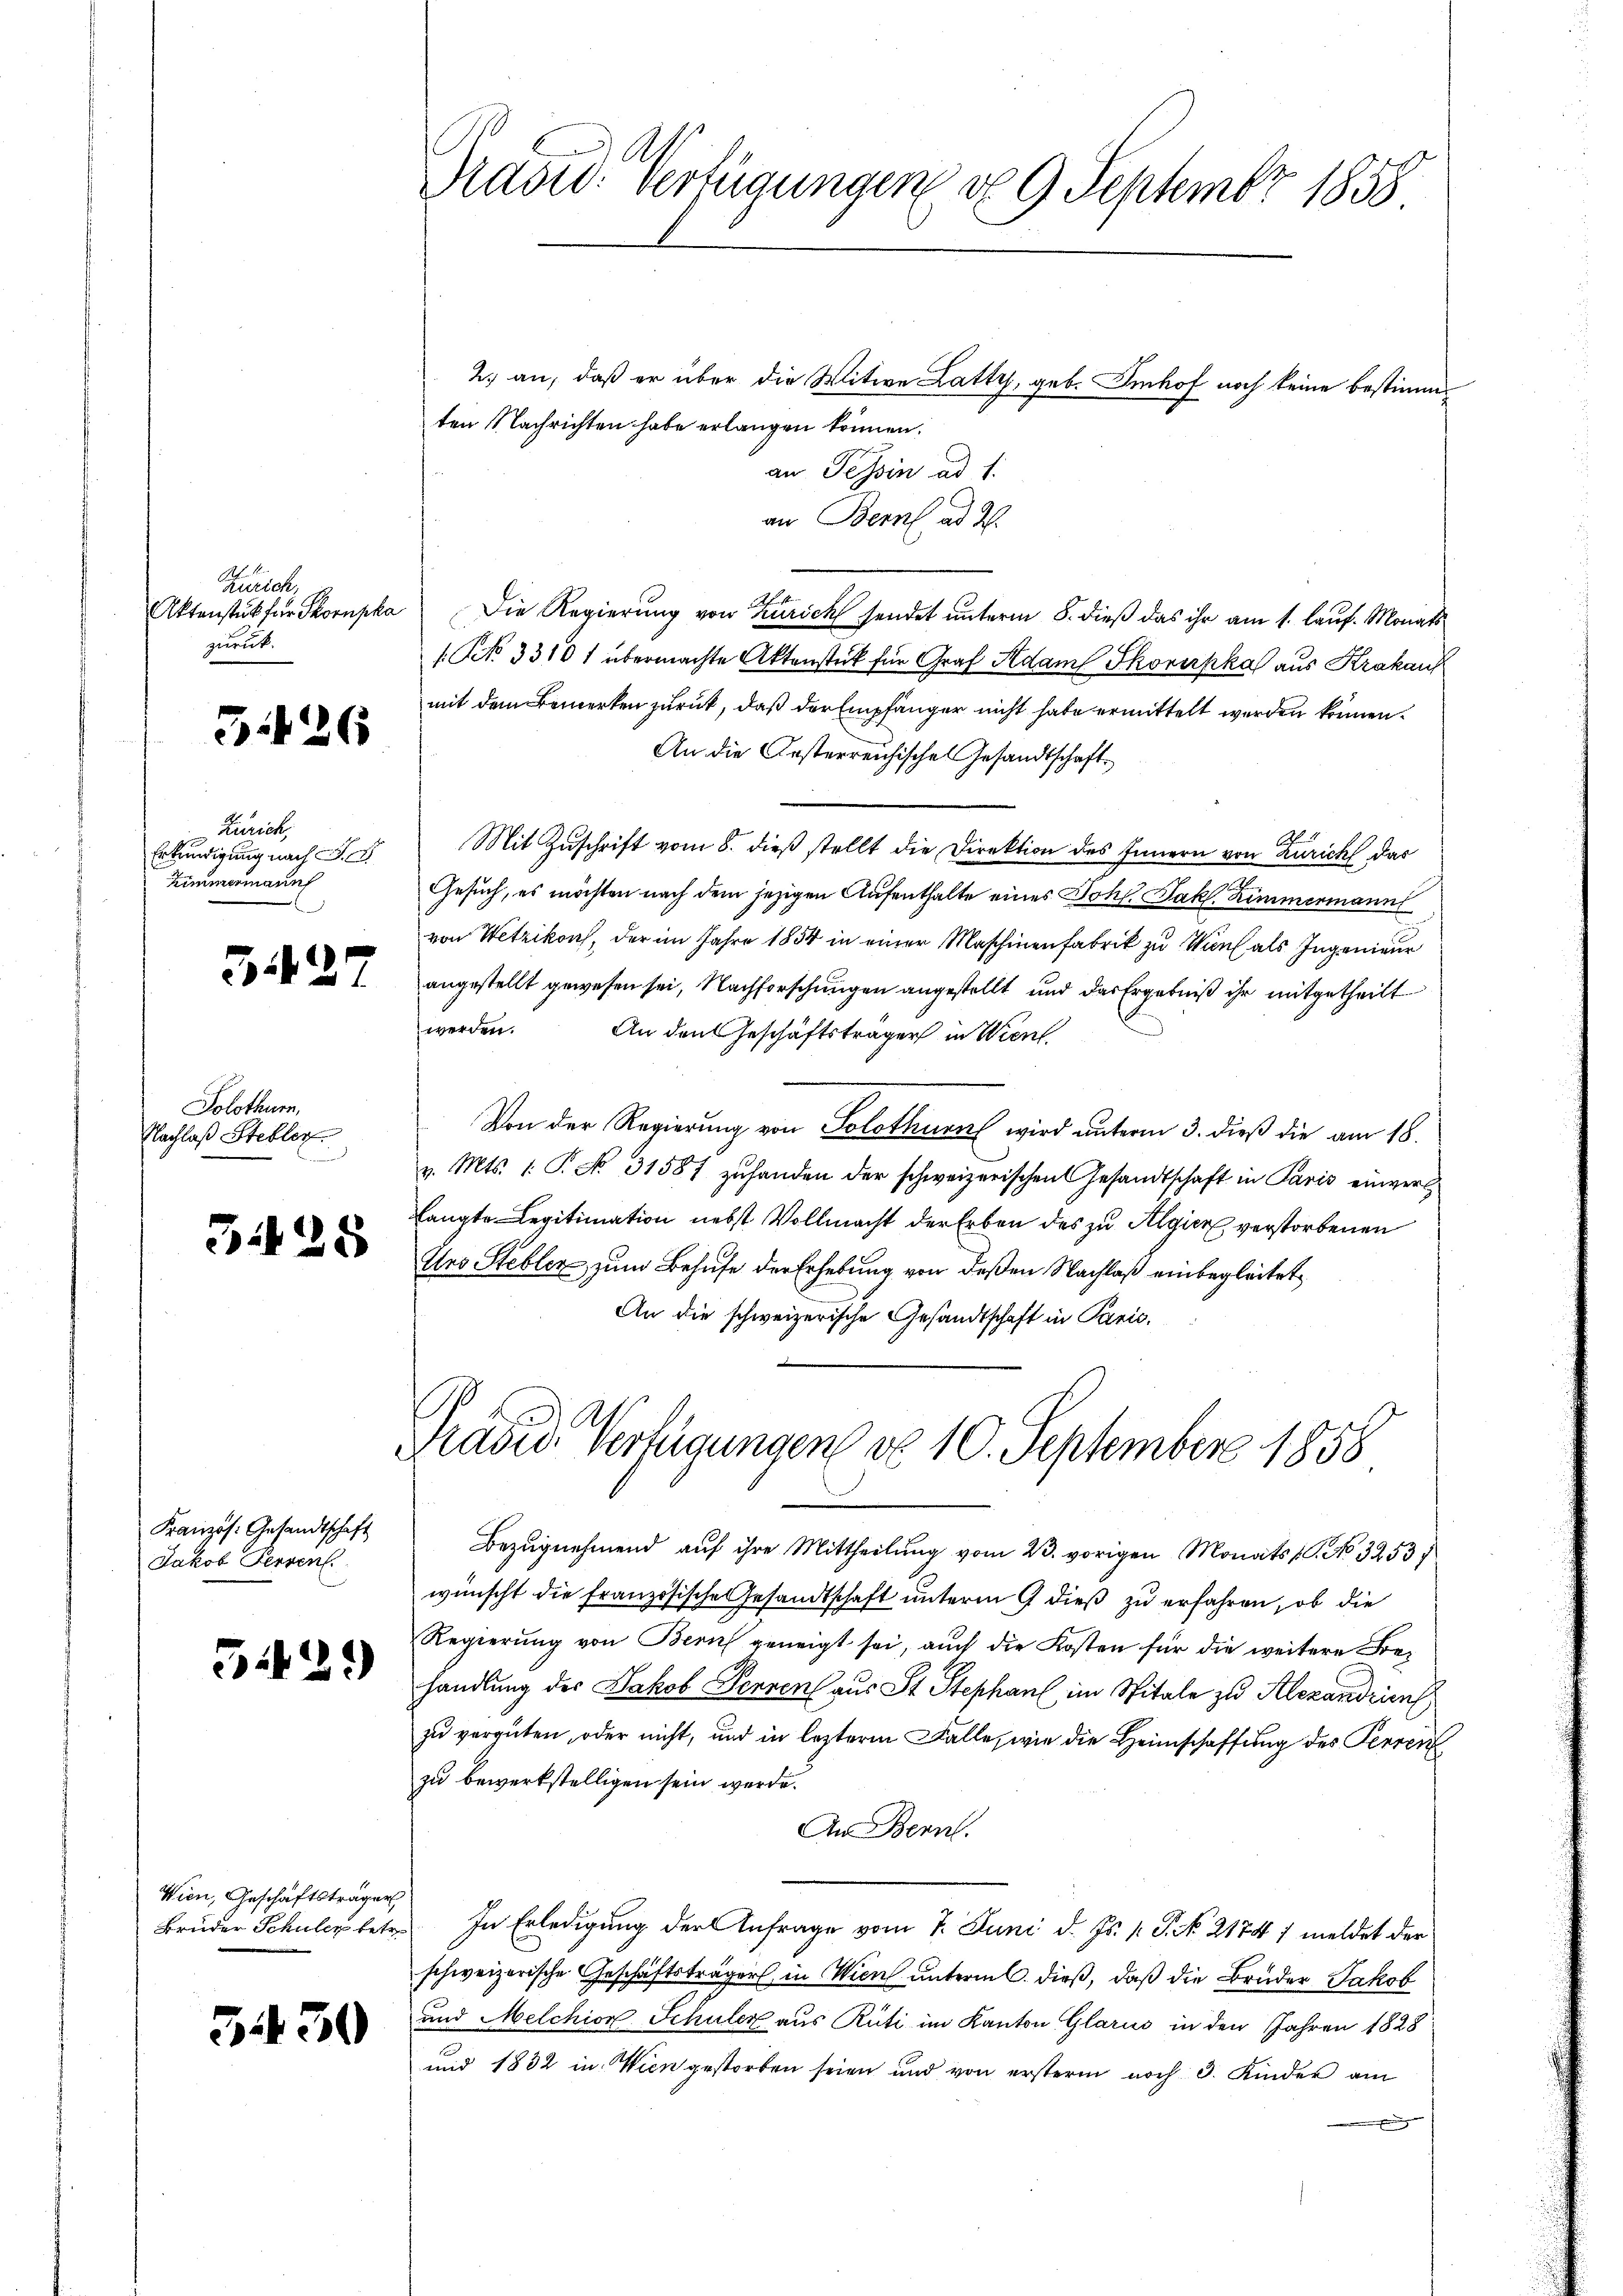
Zürich
Aktenstück für Thornpha
zuruck.

3426

Liezeit
Erkundigung nach S.
Zimmermanuf

3.427

Solothurn,
Nachlaß Steblic

3425

Französ. Gesandtschaft
Jakob Perven

5429)

Wien, Geschäftsträger

5430

2. an, daß er über die Witwe Latty, geb. Imhof noch keine bestimmten Nachrichten habe erlangen können.
an Tessin ad 1.
an Bern ad 2.
Die Regierung von Zürich sendet unterm 8. dieß das ihr am 1. lauf. Monats
1 No 33101 übermachte Aktenstück für Graf Adam Skorirpkal aus Krakauf
mit dem Bemerken zurück, daß der Empfänger nicht habe ermittelt werden können.
An die Oesterreichisches Gesandtschaft.
Mit Zuschrift vom 8. dieß stellt die Direktion des Innern von Zürich das
Gesuch, es möchten nach dem jezigen Aufenthalte eines Joh. Jak. Zimmermann
von Wetzikon, der im Jahre 1854 in einer Maschinenfabrik zu Wurf als Ingenieur
angestellt gewesen sei, Nachforschungen angestellt und das Ergebniß ihr mitgetheilt
werden.
An den Geschäftsträger in Wien
Von der Regierung von Solothurn wird unterm 3. dieß die am 18.
v. Mts. 1. P. No. 31581 zuhanden der schweizerischen Gesandtschaft in Paris einvers
langte Legitimation nebst Vollmacht der Erben des zu Algier verstorbenen
Urs Stebler, zum Behufe der Erhebung von deßen Nachlaß einbegleitet,
An die schweizerische Gesandtschaft in Paris.

Präsid. Verfügungen d. 9. Septembr 1858

E
Räder Verfügungen do 10. September 1858

Bezugnehmend auf ihre Mittheilung vom 23. vorigen Monats (C. No 3253/
wünscht die französische Gesandtschaft unterm 9 dieß zu erfahren, ob die
Regierung von Bern geneigt sei, auch die Kosten für die weitere Behandlung des Jakob Perren aus St. Stephan im Spitale zu Alexandrien
zu vergüten, oder nicht, und in lezterm Falle, wie die Heimschaffung des Perren
zu bewerkstelligen sein werde.
An Bern.
Bruder Schuler betr. In Erledigung der Anfrage vom 7. Juni d. Js. v. P. No. 21747 meldet der
schweizerische Geschäftsträger in Wien unterm 6. dieß, daß die Brüder Jakob
und Melchion Schuler aus Rüti im Kanton Glarus in den Jahren 1828
und 1832 in Wien gestorben seien und von erstern noch 3. Kinder am